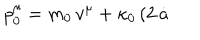
LaTeX: p _ { \hspace { 0 . 5 m m } 0 } ^ { \hspace { 0 . 5 m m } \mu } = m _ { 0 } \, v ^ { \mu } + \kappa _ { 0 } \, ( 2 \, { \dot { a } }